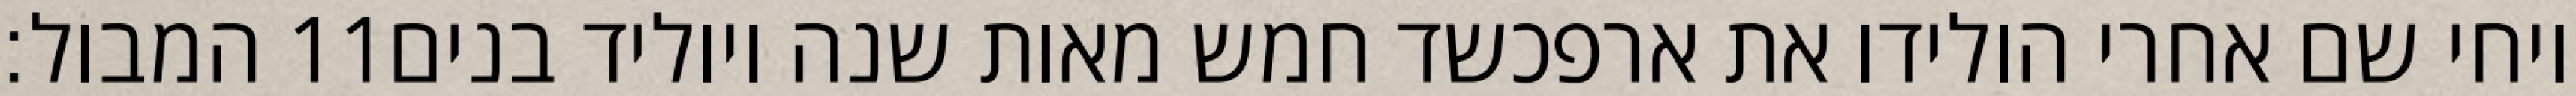
המבול׃ ‎11‏ ויחי שם אחרי הולידו את ארפכשד חמש מאות שנה ויוליד בנים